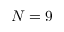
N = 9